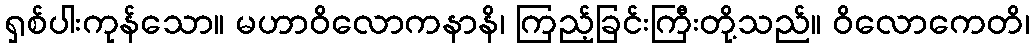
ရှစ်ပါးကုန်သော။ မဟာဝိလောကနာနိ၊ ကြည့်ခြင်းကြီးတို့သည်။ ဝိလောကေတိ၊